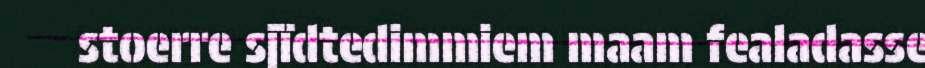
stoerre sjïdtedimmiem maam fealadasse